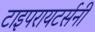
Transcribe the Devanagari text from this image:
टाइपरायटर्सनी